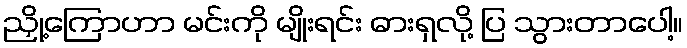
ညှို့ကြောဟာ မင်းကို မျိုးရင်း ဓားရှလို့ ပြ သွားတာပေါ့။